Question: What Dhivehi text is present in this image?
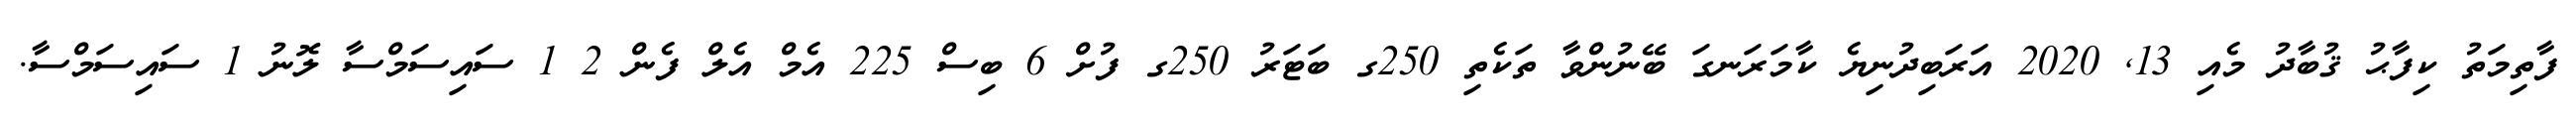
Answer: ފާތިމަތު ކިފާޙު ޤުބާދު މެއި 13, 2020 އަރަބިދުނިޔެ ކާމަރަނގަ ބޭނުންވާ ތަކެތި 250ގ ބަޓަރު 250ގ ފުށް 6 ބިސް 225 އެމް އެލް ފެން 2 1 ސައިސަމްސާ ލޮނު 1 ސައިސަމްސާ.